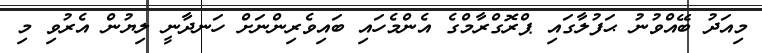
މިއަދު ބޭއްވުނު ޙަފުލާގައި ޕްރޮގްރާމްގެ އެންމެހައި ބައިވެރިންނަށް ހަނދާނީ ލިޔުން އެރުވި މި